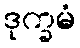
ဒုက္ခမံ